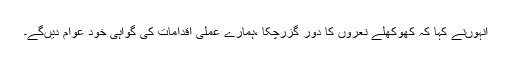
انہوںنے کہا کہ کھوکھلے نعروں کا دور گزرچکا ،ہمارے عملی اقدامات کی گواہی خود عوام دیںگے۔